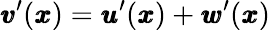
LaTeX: {\pmb v}^{\prime}({\pmb x})={\pmb u}^{\prime}({\pmb x})+{\pmb w}^{\prime}({\pmb x})